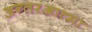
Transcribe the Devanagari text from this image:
अन्तरआत्मा